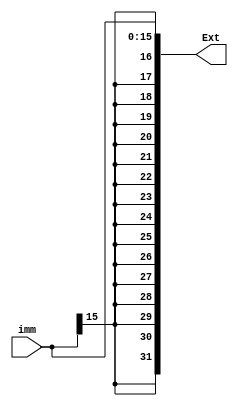
module signExtend(imm, Ext);

	input [15:0] imm;
	output [31:0] Ext;

	buf B0(Ext[0],imm[0]);
	buf B1(Ext[1],imm[1]);
	buf B2(Ext[2],imm[2]);
	buf B3(Ext[3],imm[3]);
	buf B4(Ext[4],imm[4]);
	buf B5(Ext[5],imm[5]);
	buf B6(Ext[6],imm[6]);
	buf B7(Ext[7],imm[7]);
	buf B8(Ext[8],imm[8]);
	buf B9(Ext[9],imm[9]);
	buf B10(Ext[10],imm[10]);
	buf B11(Ext[11],imm[11]);
	buf B12(Ext[12],imm[12]);
	buf B13(Ext[13],imm[13]);
	buf B14(Ext[14],imm[14]);
	buf B15(Ext[15],imm[15]);
	buf B16(Ext[16],imm[15]);
	buf B17(Ext[17],imm[15]);
	buf B18(Ext[18],imm[15]);
	buf B19(Ext[19],imm[15]);
	buf B20(Ext[20],imm[15]);
	buf B21(Ext[21],imm[15]);
	buf B22(Ext[22],imm[15]);
	buf B23(Ext[23],imm[15]);
	buf B24(Ext[24],imm[15]);
	buf B25(Ext[25],imm[15]);
	buf B26(Ext[26],imm[15]);
	buf B27(Ext[27],imm[15]);
	buf B28(Ext[28],imm[15]);
	buf B29(Ext[29],imm[15]);
	buf B30(Ext[30],imm[15]);
	buf B31(Ext[31],imm[15]);

endmodule